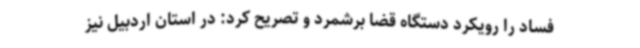
فساد را رویکرد دستگاه قضا برشمرد و تصریح کرد: در استان اردبیل نیز